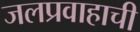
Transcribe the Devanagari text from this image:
जलप्रवाहाची